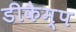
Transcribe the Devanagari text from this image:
डीकैम्प